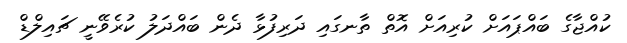
ކުއްޖާގެ ބައްޕައަށް ކުރިއަށް އޮތް ތާނގައި ދަރިފުޅާ ދެން ބައްދަލު ކުރެވޭނީ ޗައިލްޑް